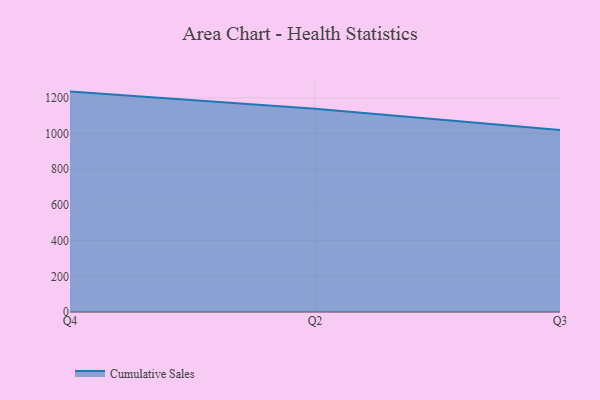
{"axis": {"x": "Quarter", "y": "Satisfaction Score"}, "legend": ["Cumulative Sales"], "data": [{"x": "Q4", "y": 1235.4, "type": "Cumulative Sales"}, {"x": "Q2", "y": 1139.1, "type": "Cumulative Sales"}, {"x": "Q3", "y": 1020.2, "type": "Cumulative Sales"}]}